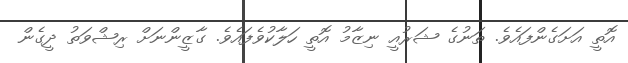
އޮތީ އަށަގެންފައެވެ. ތަނުގެ ޝަރުއީ ނިޒާމު އޮތީ ހަލާކުވެފައެވެ. ގާޒީންނަށް ރިޝްވަތު ދީގެން